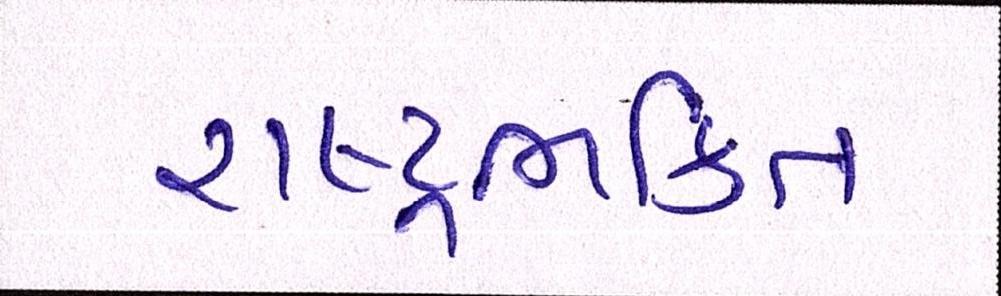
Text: રાષ્ટ્રભક્તિ